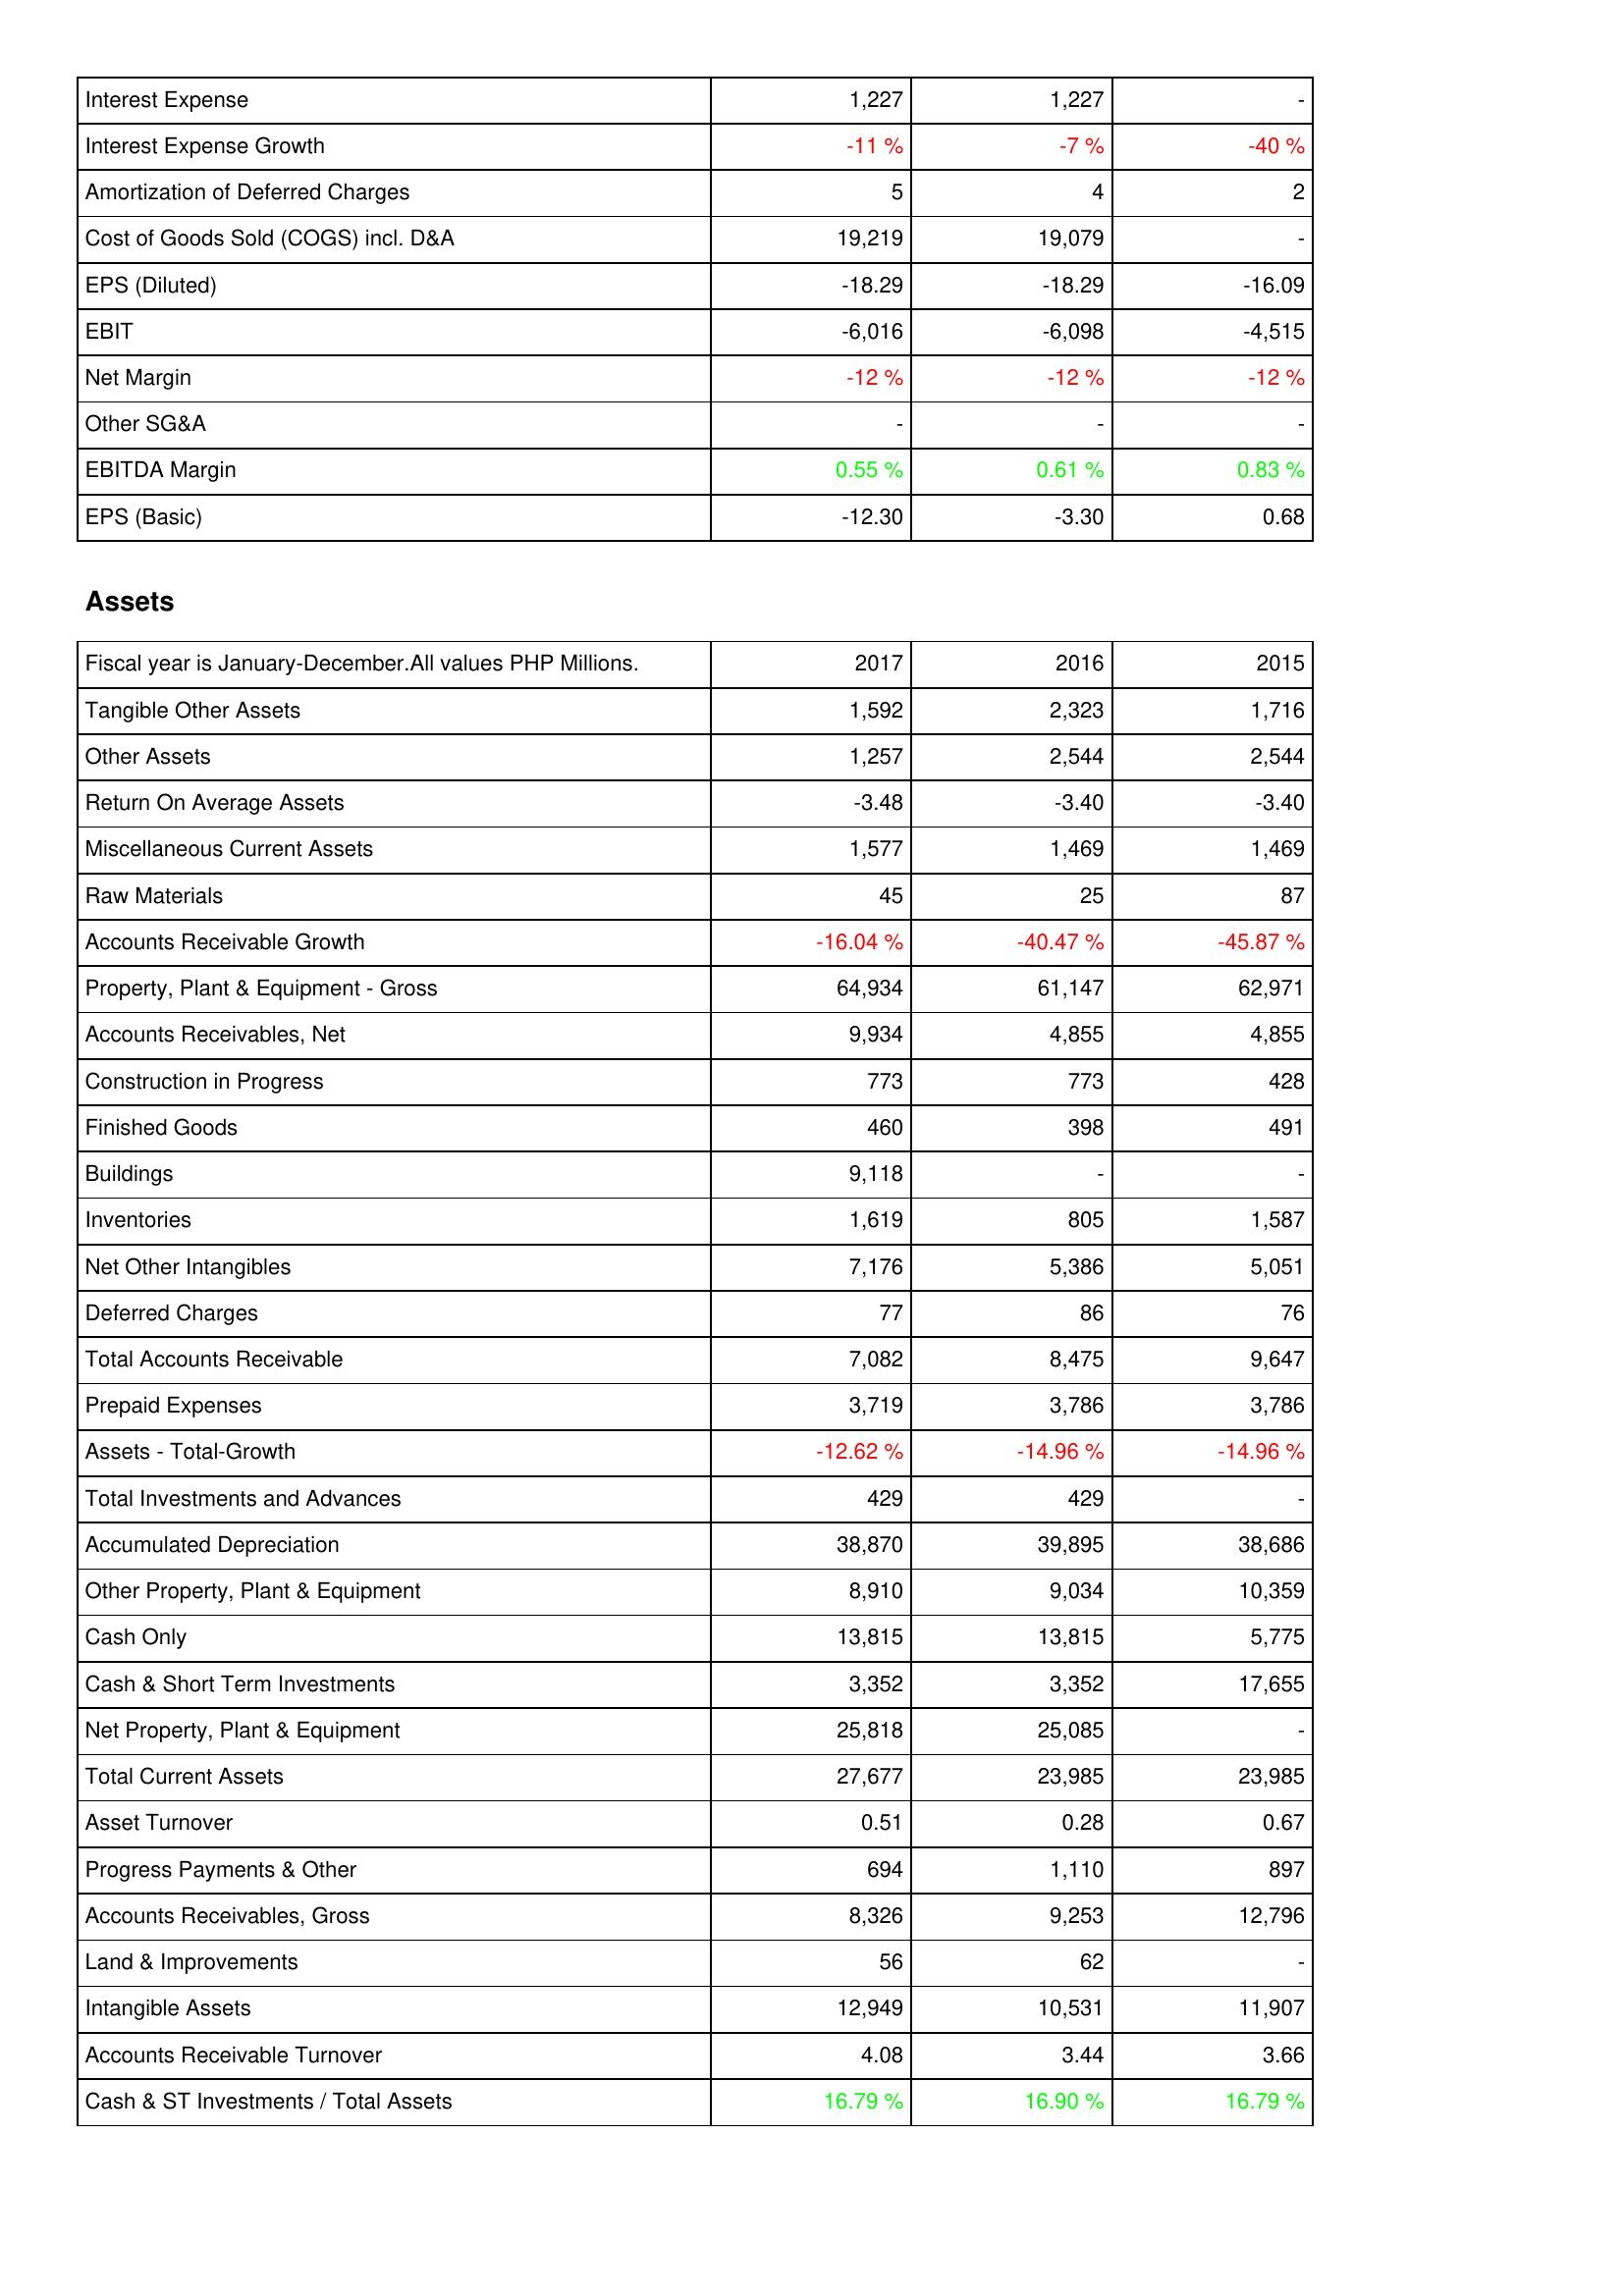
2017: Income Statement: Interest Expense: 1,227
Interest Expense Growth: -11 %
Amortization of Deferred Charges: 5
Cost of Goods Sold (COGS) incl. D&A: 19,219
EPS (Diluted): -18.29
EBIT: -6,016
Net Margin: -12 %
Other SG&A: -
EBITDA Margin: 0.55 %
EPS (Basic): -12.30
Assets: Tangible Other Assets: 1,592
Other Assets: 1,257
Return On Average Assets: -3.48
Miscellaneous Current Assets: 1,577
Raw Materials: 45
Accounts Receivable Growth: -16.04 %
Property, Plant & Equipment - Gross: 64,934
Accounts Receivables, Net: 9,934
Construction in Progress: 773
Finished Goods: 460
Buildings: 9,118
Inventories: 1,619
Net Other Intangibles: 7,176
Deferred Charges: 77
Total Accounts Receivable: 7,082
Prepaid Expenses: 3,719
Assets - Total-Growth: -12.62 %
Total Investments and Advances: 429
Accumulated Depreciation: 38,870
Other Property, Plant & Equipment: 8,910
Cash Only: 13,815
Cash & Short Term Investments: 3,352
Net Property, Plant & Equipment: 25,818
Total Current Assets: 27,677
Asset Turnover: 0.51
Progress Payments & Other: 694
Accounts Receivables, Gross: 8,326
Land & Improvements: 56
Intangible Assets: 12,949
Accounts Receivable Turnover: 4.08
Cash & ST Investments / Total Assets: 16.79 %
2016: Income Statement: Interest Expense: 1,227
Interest Expense Growth: -7 %
Amortization of Deferred Charges: 4
Cost of Goods Sold (COGS) incl. D&A: 19,079
EPS (Diluted): -18.29
EBIT: -6,098
Net Margin: -12 %
Other SG&A: -
EBITDA Margin: 0.61 %
EPS (Basic): -3.30
Assets: Tangible Other Assets: 2,323
Other Assets: 2,544
Return On Average Assets: -3.40
Miscellaneous Current Assets: 1,469
Raw Materials: 25
Accounts Receivable Growth: -40.47 %
Property, Plant & Equipment - Gross: 61,147
Accounts Receivables, Net: 4,855
Construction in Progress: 773
Finished Goods: 398
Buildings: -
Inventories: 805
Net Other Intangibles: 5,386
Deferred Charges: 86
Total Accounts Receivable: 8,475
Prepaid Expenses: 3,786
Assets - Total-Growth: -14.96 %
Total Investments and Advances: 429
Accumulated Depreciation: 39,895
Other Property, Plant & Equipment: 9,034
Cash Only: 13,815
Cash & Short Term Investments: 3,352
Net Property, Plant & Equipment: 25,085
Total Current Assets: 23,985
Asset Turnover: 0.28
Progress Payments & Other: 1,110
Accounts Receivables, Gross: 9,253
Land & Improvements: 62
Intangible Assets: 10,531
Accounts Receivable Turnover: 3.44
Cash & ST Investments / Total Assets: 16.90 %
2015: Income Statement: Interest Expense: -
Interest Expense Growth: -40 %
Amortization of Deferred Charges: 2
Cost of Goods Sold (COGS) incl. D&A: -
EPS (Diluted): -16.09
EBIT: -4,515
Net Margin: -12 %
Other SG&A: -
EBITDA Margin: 0.83 %
EPS (Basic): 0.68
Assets: Tangible Other Assets: 1,716
Other Assets: 2,544
Return On Average Assets: -3.40
Miscellaneous Current Assets: 1,469
Raw Materials: 87
Accounts Receivable Growth: -45.87 %
Property, Plant & Equipment - Gross: 62,971
Accounts Receivables, Net: 4,855
Construction in Progress: 428
Finished Goods: 491
Buildings: -
Inventories: 1,587
Net Other Intangibles: 5,051
Deferred Charges: 76
Total Accounts Receivable: 9,647
Prepaid Expenses: 3,786
Assets - Total-Growth: -14.96 %
Total Investments and Advances: -
Accumulated Depreciation: 38,686
Other Property, Plant & Equipment: 10,359
Cash Only: 5,775
Cash & Short Term Investments: 17,655
Net Property, Plant & Equipment: -
Total Current Assets: 23,985
Asset Turnover: 0.67
Progress Payments & Other: 897
Accounts Receivables, Gross: 12,796
Land & Improvements: -
Intangible Assets: 11,907
Accounts Receivable Turnover: 3.66
Cash & ST Investments / Total Assets: 16.79 %